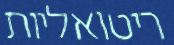
ריטואליות